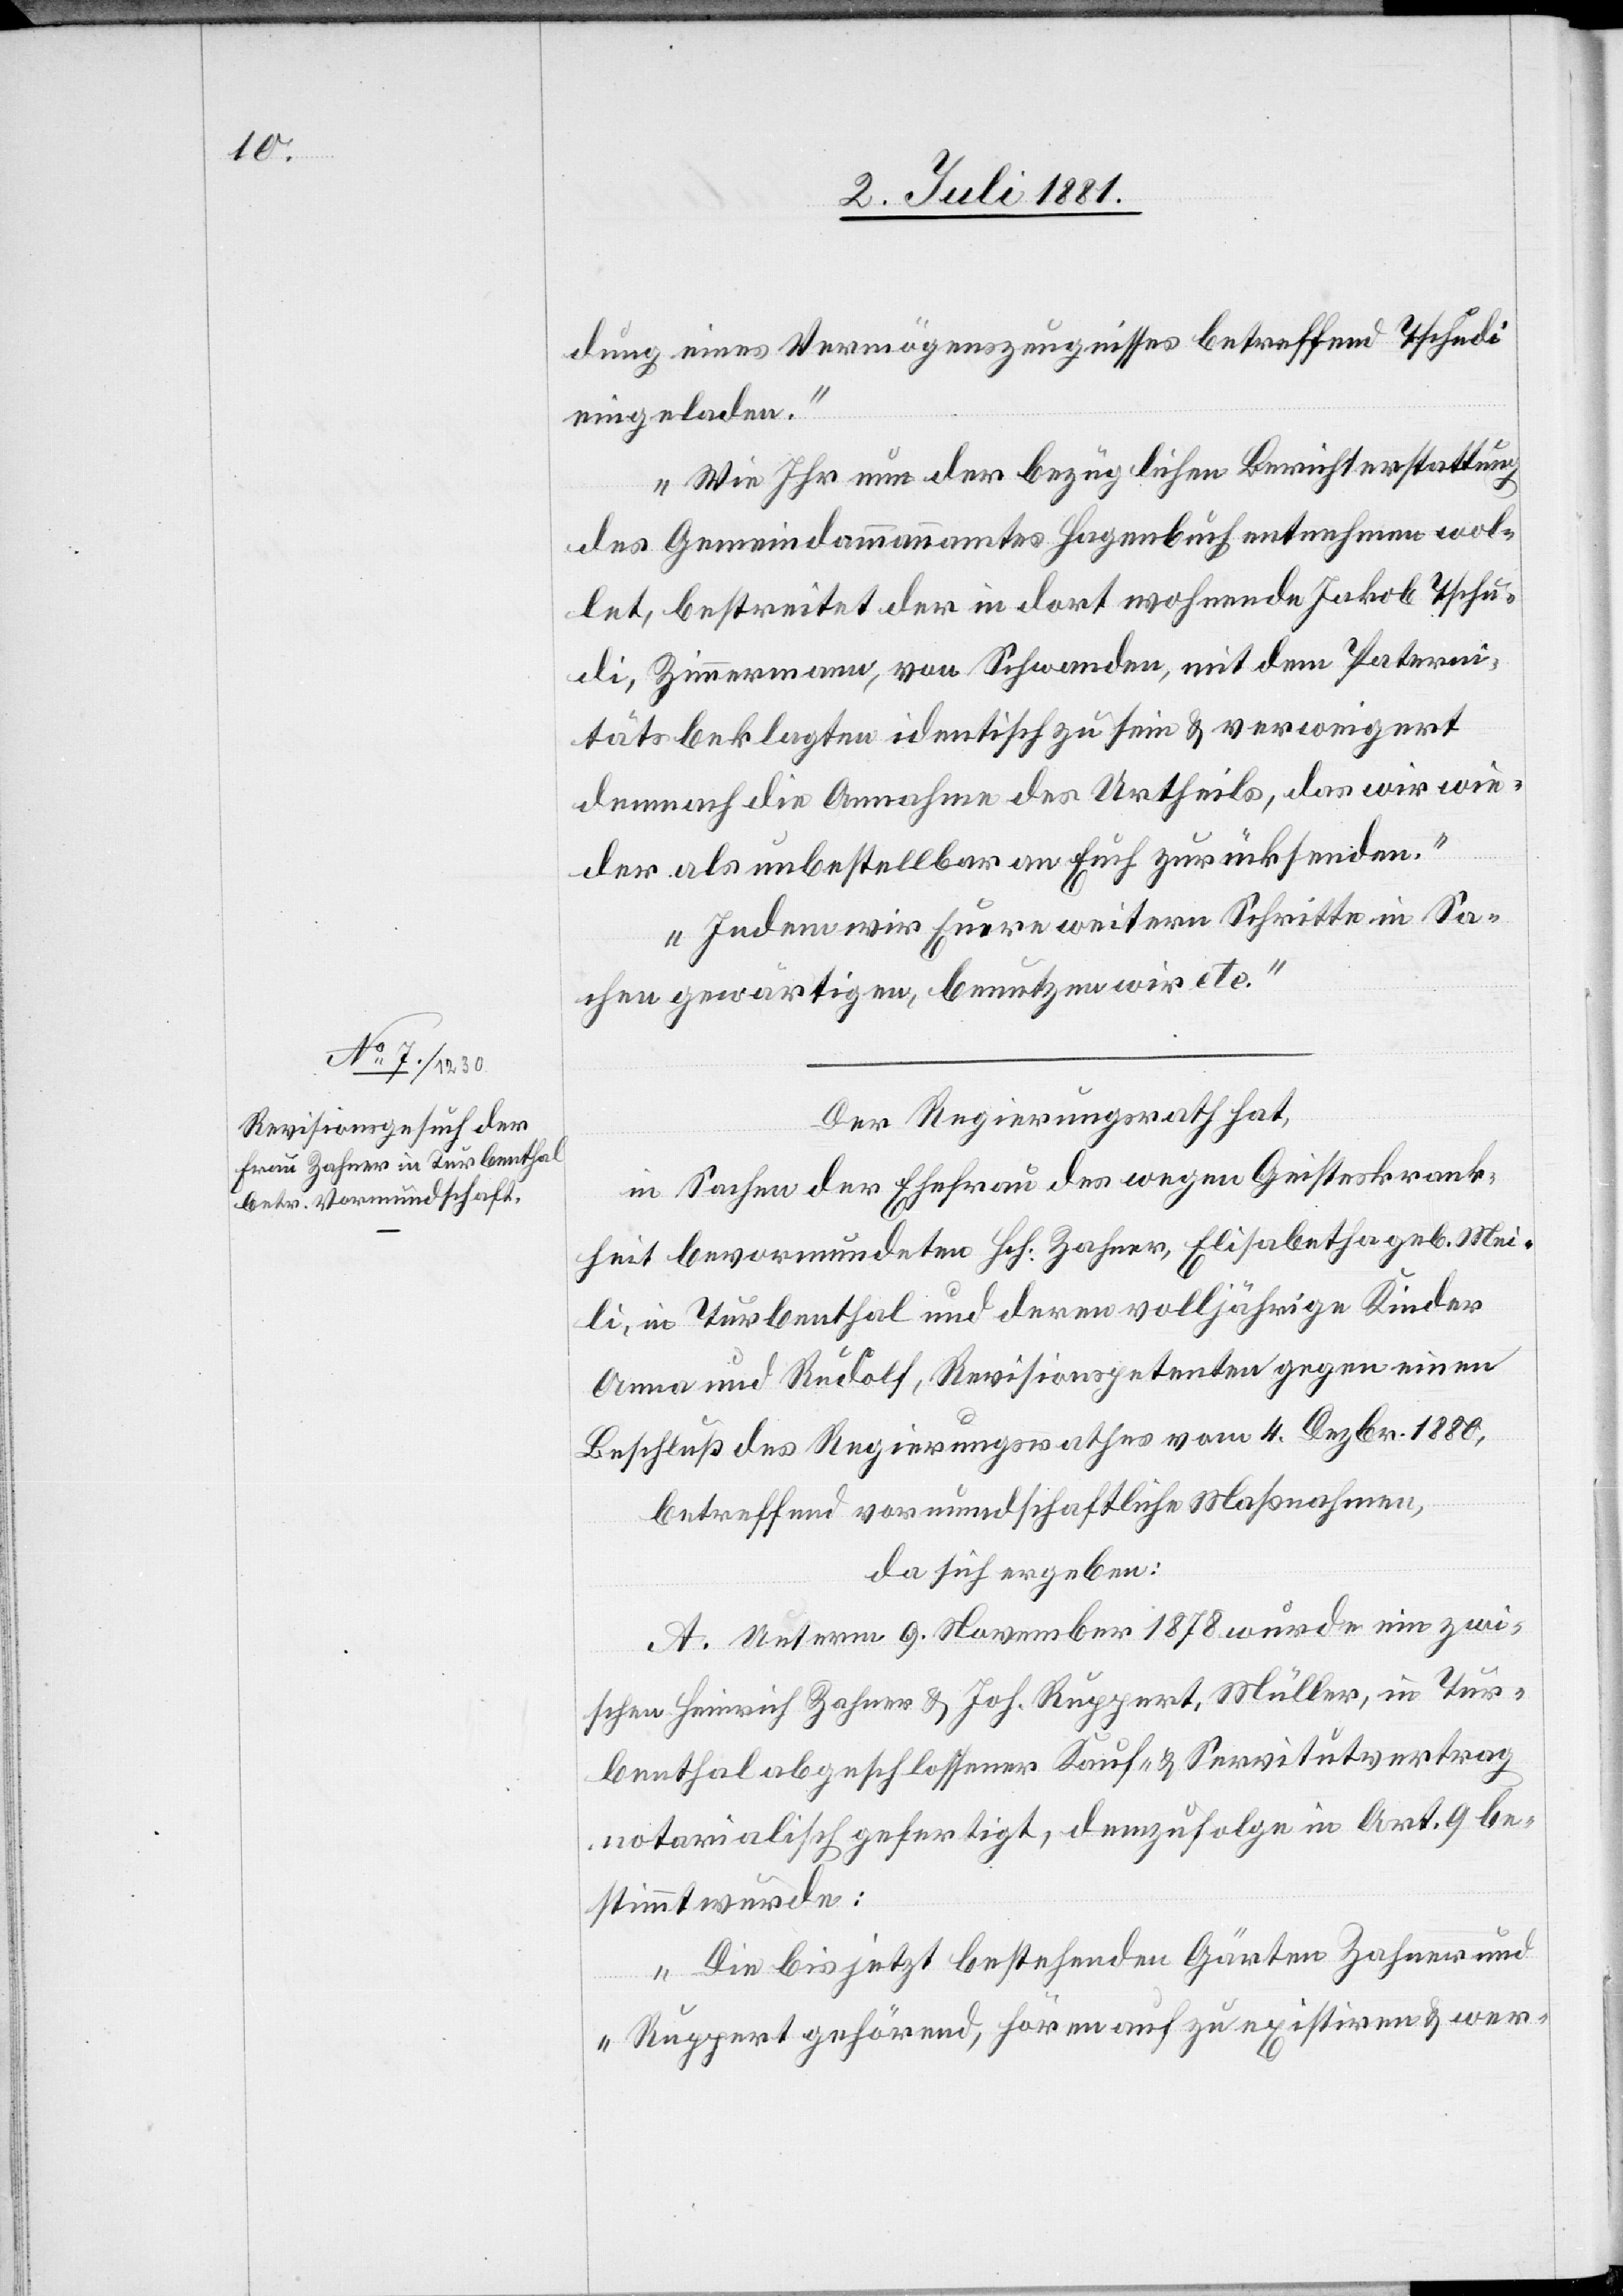
dung eines Vermögenszeugnisses betreffend Tschudi
eingeladen.
Wie Ihr nun der bezüglichen Berichterstattung
des Gemeindammannamtes Hagenbuch entnehmen wol¬
let, bestreitet der in dort wohnende Jakob Tschu¬
di, Zimmermann, von Schwanden, mit dem Paterni¬
tätsbeklagten identisch zu sein & verweigert
demnach die Annahme des Urtheils, das wir wie¬
der als unbestellbar an Euch zurücksenden.
Indem wir Euere weitern Schritte in Sa¬
chen gewärtigen, benutzen wir etc.“
Der Regierungsrath hat,
in Sachen der Ehefrau des wegen Geisteskrank¬
heit bevormundeten Hch. Zahner, Elisabetha geb. Mei¬
li, in Turbenthal und deren volljährige Kinder
Anna und Rudolf, Revisionspententen gegen einen
Beschluß des Regierungsrathes vom 4. Dezbr. 1880,
betreffend vormundschaftlichen Maßnahmen
da sich ergeben:
A. Unterm 9. November 1878 wurde ein zwi¬
schen Heinrich Zahner & Joh. Ruppert, Müller, in Tur¬
benthal abgeschlossener Kauf- & Servitutsvertrag
notarialisch gefertigt, demzufolge in Art. 9 be¬
stimmt wurde:
„Die bis jetzt bestehenden Gärten Zahner und
Ruppert gehörend, hören auf zu existiren & wer-